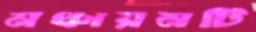
মঞ্চায়নটি